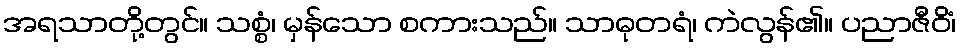
အရသာတို့တွင်။ သစ္စံ၊ မှန်သော စကားသည်။ သာဓုတရံ၊ ကဲလွန်၏။ ပညာဇီဝိံ၊